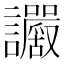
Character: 𧮜